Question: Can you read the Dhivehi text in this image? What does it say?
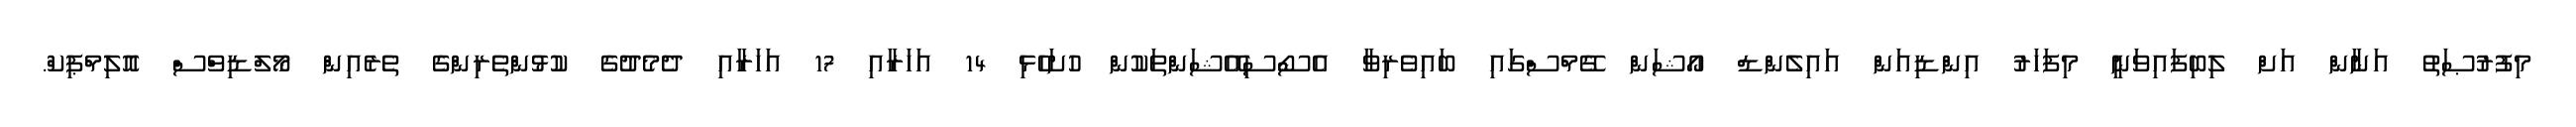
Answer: މިފުރުޞަތު އަނާން އަށް ލިބިފައިވަނީ މިފަހަރު އިންޑިއަން އައިލެންޑް އޯޝަން ގޭމްސްގައި ބައިވެރިވާ އެސޯސިއޭޝަންތަކުން ހުށަހެޅި 14 އަހަރާއި 17 އަހަރާއި ދެމެދުގެ ކުޅުންތެރިންގެ ތެރެއިން މޯލްޑިވްސް އޮލިމްޕިކް.